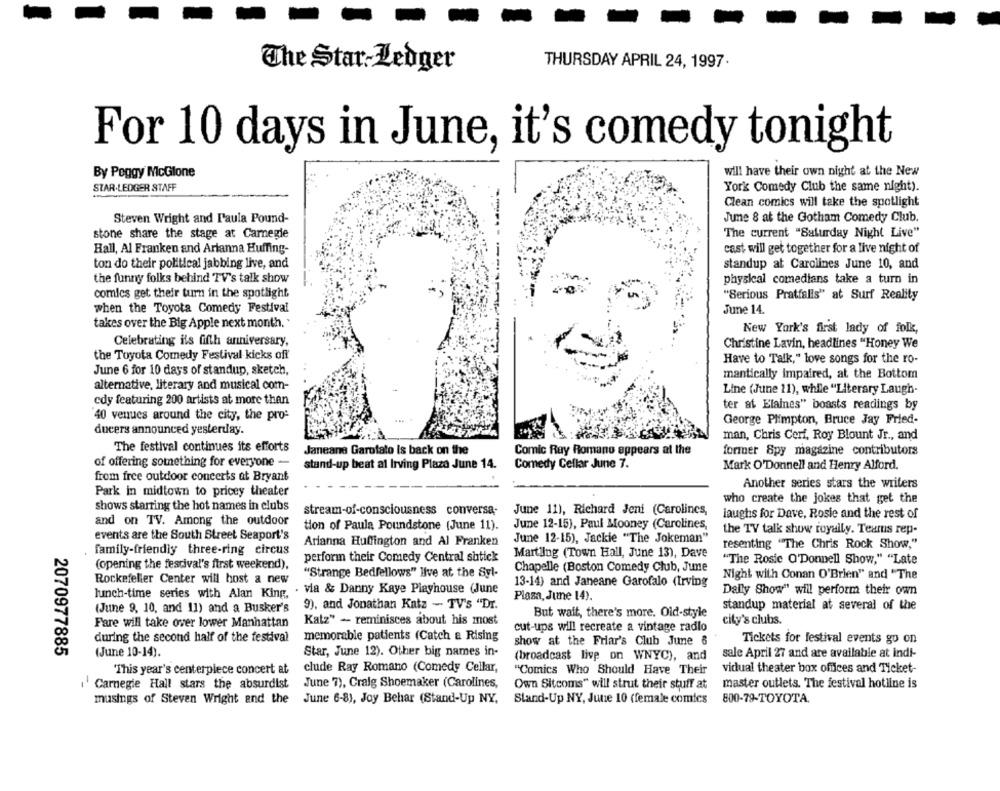
THURSDAY APRIL 24, 1997.
The Star- Ledger
For 10 days in June, it's comedy tonight
By Peggy McGlone
will have their own night at the New
STAR-LEDGER STAFF
York Comedy Club the same night).
Clean comics will take the spotlight
Steven Wright and Paula Pound-
June 8 at the Gotham Comedy Club.
stone share the stage at Carnegie
The current "Saturday Night Live"
Hall, Al Franken and Arianna Huffing-
cast will get together for a live night of
ton do their political jabbing live, and
standup at Carolines June 10, and
the funny folks behind TV's talk show
physical comedians take a turn in
comics get their turn in the spotlight
"Serious Pratfalls" at Surf Reality
when the Toyota Comedy Festival
June 14.
takes over the Big Apple next month.'
New York's first lady of folk,
Celebrating ils fifth anniversary,
Christine Lavin, headlines "Honey We
the Toyota Comedy Festival kicks off
Have to Talk," love songs for the ro-
June 6 for 10 days of standup, sketch,
mantically impaired, at the Bottom
alternative, literary and musical com-
Line (June 21), while "Literary Laugh-
edy featuring 200 artists at more than
ter af Elaines" boasts readings by
40 venues around the city, the pro-
George Plimpton, Bruce Jay Fried-
ducers announced yesterday.
man, Chris Cerf, Roy Blount Jr ., and
The festival continues its efforts
Janeane Garofalo Is back on the
Comic Ray Romano appears at the
former Spy magazine contributors
of offering something for everyone -
stand-up beat al Irving Plaza June 14.
Comedy Cellar June 7.
Mark O'Donnell and Henry Alford.
from free outdoor concerts at Bryant
Another series stars the writers
Park in midtown to pricey theater
shows starring the hot names in clubs
who create the jokes that get the
stream-of-consciousness conversa-
June 11), Richard Jeni (Carolines,
laughs for Dave, Rosie and the rest of
and on TV. Among the outdoor
tion of Paula Poundstone (June 11).
June 12-15), Paul Mooney (Carolines,
the TV talk show royally. Tearus rep-
events are the South Street Seaport's
June 12-15), Jackie "The Jokeman"
Arianna Huffington and Al Franken
resenting "The Chris Rock Show,"
family-friendly three-ring circus
Martiing (Town Hall, June 13), Dave
perforin their Comedy Central shtick
"The Rosie O'Donnell Show," "Late
(opening the festival's first weekend),
Chapelle (Boston Comedy Club, Jume
"Strange Bedfellows" live at the Syl-
Night with Conan O'Brien" and "The
Rockefeller Center will host a new
13-14) and Janeane Garofalo (Irving
lunch-time series with Alan King.
. via & Danny Kaye Playhouse (June
Daily Show" will perform their own
Plaza, June 14).
(June 9, 10, and 11) and a Busker's
9), and Jonathan Katz - TV's "Dr.
standup material at several of the
But wait, there's more. Old-style
Fare will take over lower Manhattan
Katz" - reminisces about his most
city's clubs.
cut-ups will recreate a vintage radio
during the second half of the festival
memorable patients (Catch a Rising
Tickets for festival events go on
show at the Friar's Club June &
2070977885
(June 10-14).
Star, June 12). Other big names in-
(broadcast live on WNYC), and
sale April 27 and are available at indi-
"This year's centerpiece concert at
clude Ray Romano (Comedy Cellar,
"Comics Who Should Have Their
vidual theater box offices and Ticket-
i' Carnegie Hall stars the absurdist
June 7), Craig Shoemaker (Carolines,
Own Sitcoms" will strut their stuff at
master outlets. The festival hotline is
musings of Steven Wright and the June 6-8), Joy Behar (Stand-Up NY.
Stand-Up NY, June 10 (female comics
800-79-TOYOTA.